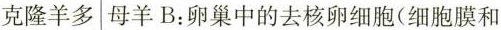
克隆羊多 母羊B：卵巢中的去核卵细胞(细胞膜和